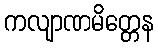
ကလျာဏမိတ္တေန